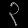
Digit: ၃